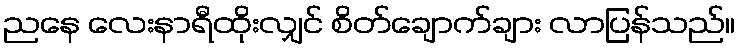
ညနေ လေးနာရီထိုးလျှင် စိတ်ချောက်ချား လာပြန်သည်။